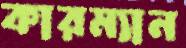
কারম্যান